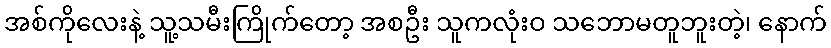
အစ်ကိုလေးနဲ့ သူ့သမီးကြိုက်တော့ အစဦး သူကလုံးဝ သဘောမတူဘူးတဲ့၊ နောက်